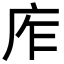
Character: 㡸